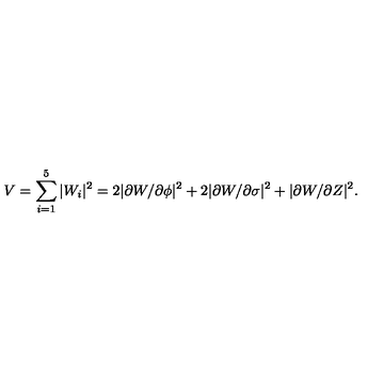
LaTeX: V = \sum _ { i = 1 } ^ { 5 } \vert W _ { i } \vert ^ { 2 } = 2 \vert \partial W / \partial \phi \vert ^ { 2 } + 2 \vert \partial W / \partial \sigma \vert ^ { 2 } + \vert \partial W / \partial Z \vert ^ { 2 } .